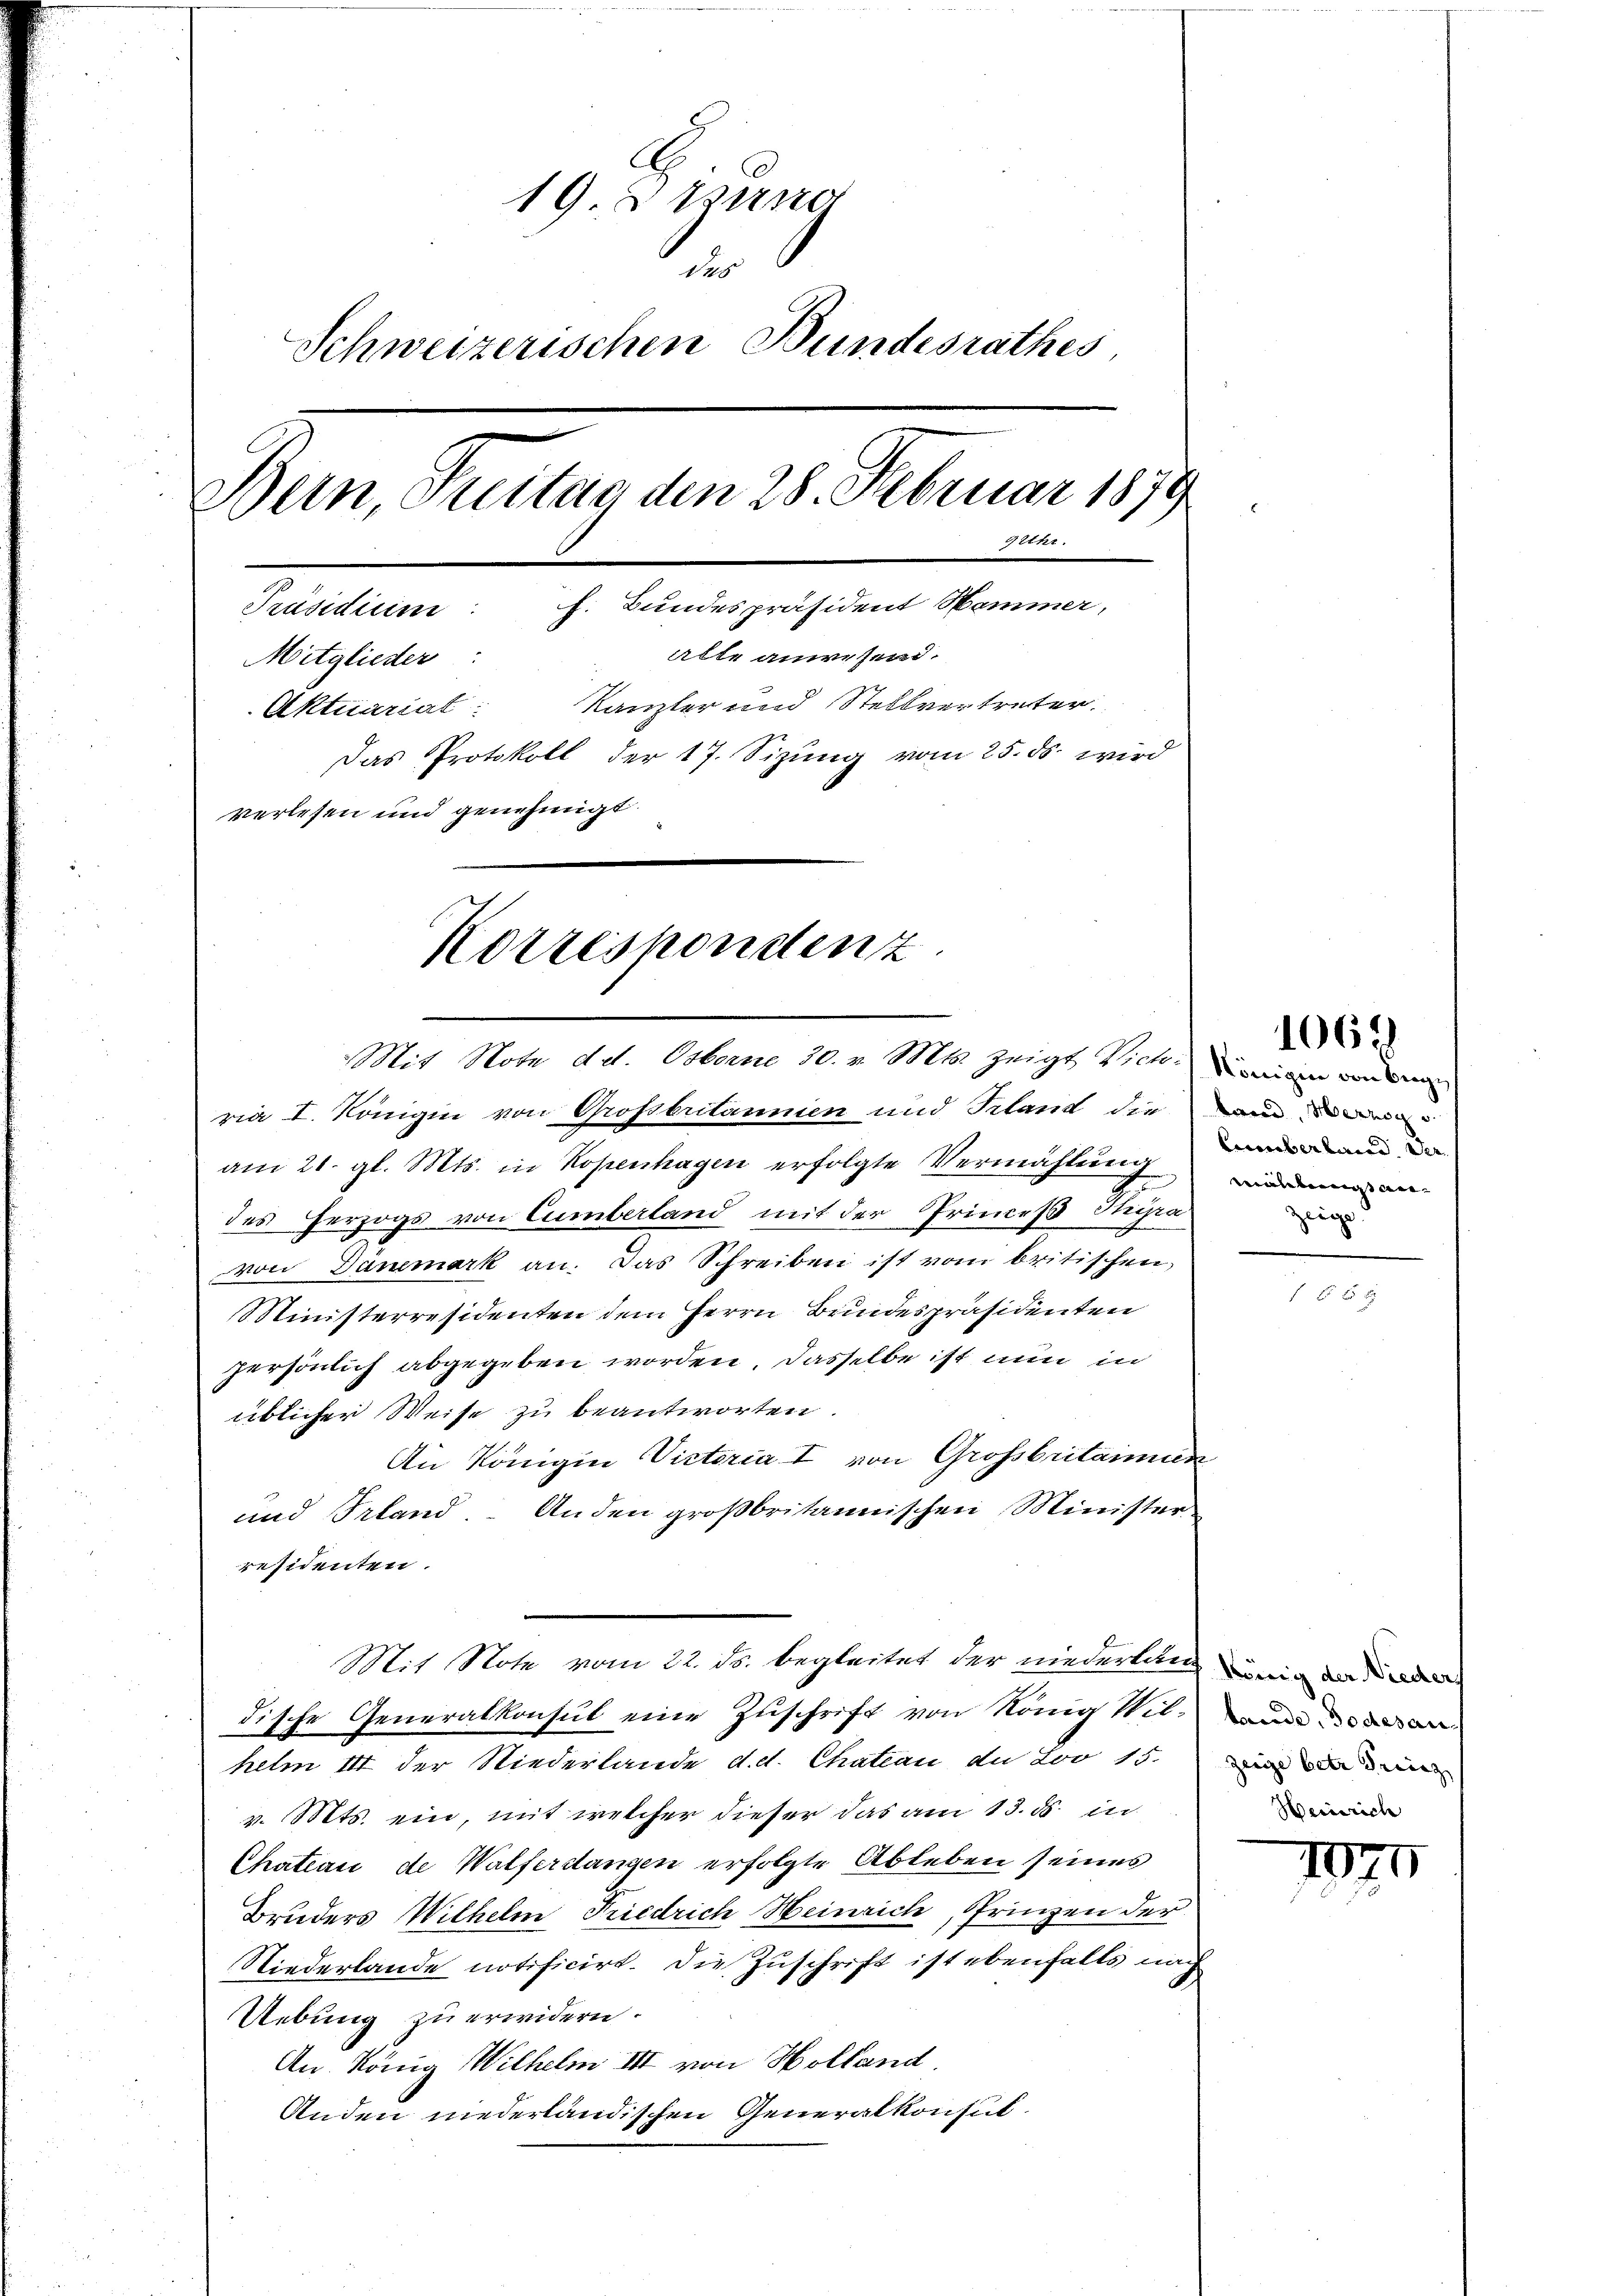
19 Stund
des
Schweizerischen Bundesrathes,
Bern, Suitag den 28. Februar 1879
gethr
Präsidium: f. Bundespräsident Hemmer,
alte anwesend.
Mitglieder
Kanzler und Stellvertreter.
Aktuariat:
Das Protokoll der 17. Sizung vom 25. ds. wird
verlesen und genehmigt.
Korrespondenz

ria I. Königin von Grossbritannien und Irland die u
am 21. gl. Mts. in Kopenhagen erfolgte Vermählung an
des Herzogs von Cumberland mit der Princeß Stgra
von Danemark an. Das Schreiben ist vom britischen,
Ministerresidenten dem Herrn Bundespräsidenten
persönlich abgegeben worden. Dasselbe ist nun in
üblicher Weise zu beantworten.
An Königin Victoria I von Großbritainun
und Irland. Anden großbritannischen Minister
residenten.
Mit Note vom 22. ds. begleitet der niederlang in der d
dische Generalkonsul eine Zuschrift von König Wil-wie de
helm II der Niederlande d. d. Chateau de Loo 15.
v. Mts. ein, mit welcher dieser das am 13. ds. in
Chateau de Walferdangen erfolgte Ableben seines
Bruders Wilhelm Friedrich Heinrich, Prinzen der
Niederlande notificirt. Die Zuschrift ist ebenfalls auch
Uebung zu erwidern.
An König Wilhelm III von Holland
Anden niederländischen Generalkonsul

Mit Note det. Osterne 30. v. Mts. zeigt Vichtigen von

1067

Cicuberland. Der
zeige

Heinrich

Ien